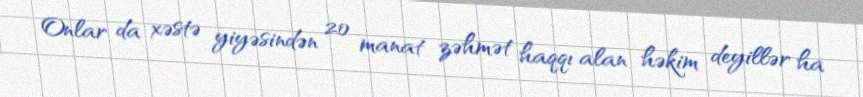
Onlar da xəstə yiyəsindən 20 manat zəhmət haqqı alan həkim deyillər ha